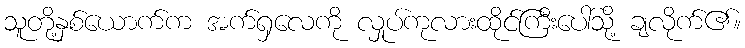
သူတို့နှစ်ယောက်က အက်ရှလေကို လှုပ်ကုလားထိုင်ကြီးပေါ်သို့ ချလိုက်၏။